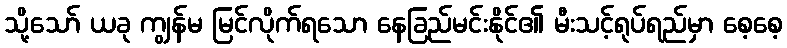
သို့သော် ယခု ကျွန်မ မြင်လိုက်ရသော နေခြည်မင်းနိုင်၏ မီးသင့်ရုပ်ရည်မှာ စေ့စေ့